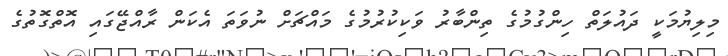
މިލިޔުމަކީ ދައުލަތް ހިންގުމުގެ ތިންބާރު ވަކިކުރުމުގެ މައްޗަށް ނުވަތަ އެކަން ރާއްޖޭގައި އޮތްގޮތުގެ